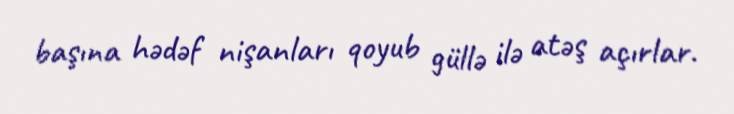
başına hədəf nişanları qoyub güllə ilə atəş açırlar.